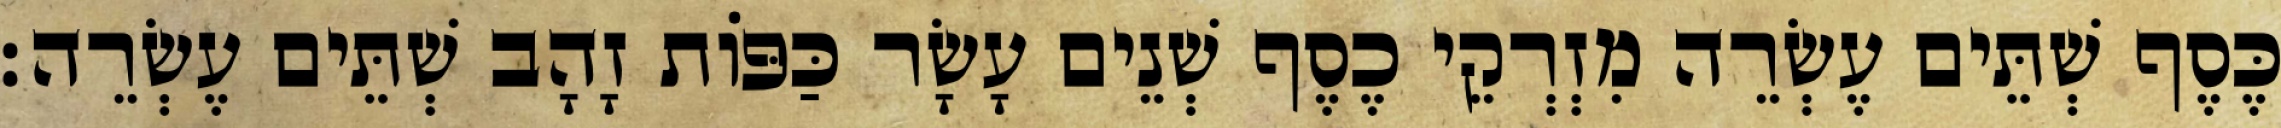
כֶּסֶף שְׁתֵּים עֶשְׂרֵה מִזְרְקֵי כֶסֶף שְׁנֵים עָשָׂר כַּפּוֹת זָהָב שְׁתֵּים עֶשְׂרֵה׃